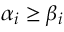
\alpha _ { i } \geq \beta _ { i }